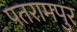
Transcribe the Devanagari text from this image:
पतरामपुर